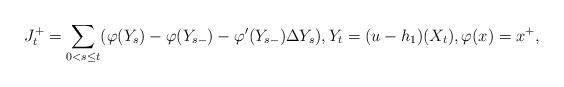
LaTeX: \begin{align*}J_{t}^{+}=\sum_{0<s\le t}(\varphi(Y_{s})-\varphi(Y_{s-})-\varphi'(Y_{s-})\Delta Y_{s}),Y_{t}=(u-h_{1})(X_{t}),\varphi(x)=x^{+},\end{align*}